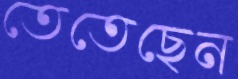
তেতেছেন